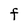
Character: F